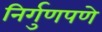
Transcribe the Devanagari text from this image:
निर्गुणपणे